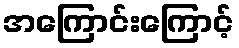
အကြောင်းကြောင့်